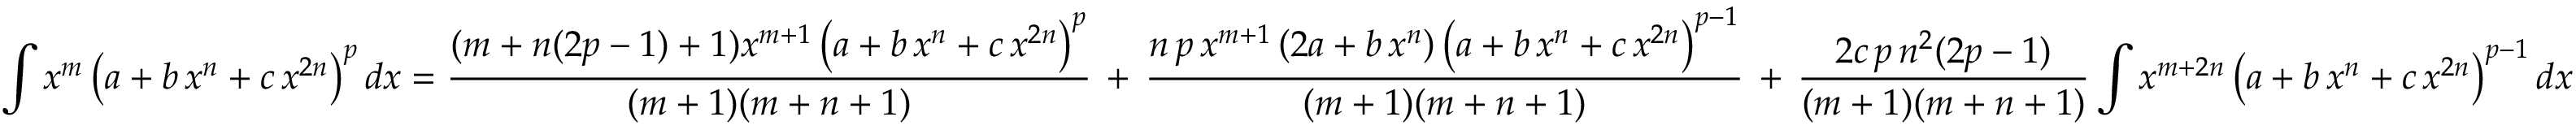
\int x ^ { m } \left( a + b \, x ^ { n } + c \, x ^ { 2 n } \right) ^ { p } d x = { \frac { ( m + n ( 2 p - 1 ) + 1 ) x ^ { m + 1 } \left( a + b \, x ^ { n } + c \, x ^ { 2 n } \right) ^ { p } } { ( m + 1 ) ( m + n + 1 ) } } \, + \, { \frac { n \, p \, x ^ { m + 1 } \left( 2 a + b \, x ^ { n } \right) \left( a + b \, x ^ { n } + c \, x ^ { 2 n } \right) ^ { p - 1 } } { ( m + 1 ) ( m + n + 1 ) } } \, + \, { \frac { 2 c \, p \, n ^ { 2 } ( 2 p - 1 ) } { ( m + 1 ) ( m + n + 1 ) } } \int x ^ { m + 2 n } \left( a + b \, x ^ { n } + c \, x ^ { 2 n } \right) ^ { p - 1 } d x